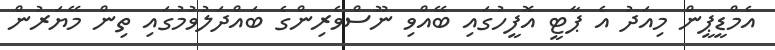
އެމްޑީޕީން މިއަދު އެ ޕާޓީ އޮފީހުގައި ބޭއްވި ނޫސްވެރިންގެ ބައްދަލުވުމުގައި ތިން މޭޔަރުން